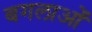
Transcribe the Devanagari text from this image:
बगलाओं